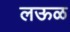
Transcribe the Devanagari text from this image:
लऊळ